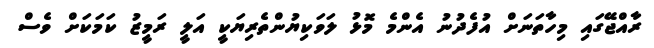
ރާއްޖޭގައި މިހާތަނަށް އުފެދުނު އެންމެ މޮޅު ލަވަކިޔުންތެރިޔަކީ އަލީ ރަމީޒު ކަމަކަށް ވެސް